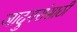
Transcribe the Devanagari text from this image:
जादुगरांसाठी